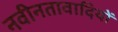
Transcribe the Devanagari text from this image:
नवीनतावादियों